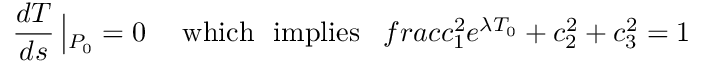
\frac { d T } { d s } \left| _ { P _ { 0 } } = 0 \right. \ \ \ \mathrm { w h i c h \ \ i m p l i e s } \ \ \, f r a c { c _ { 1 } ^ { 2 } } { e ^ { \lambda T _ { 0 } } } + c _ { 2 } ^ { 2 } + c _ { 3 } ^ { 2 } = 1